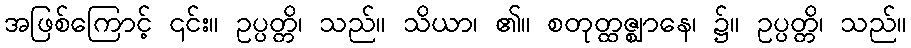
အဖြစ်ကြောင့် ၎င်း။ ဥပ္ပတ္တိ၊ သည်။ သိယာ၊ ၏။ စတုတ္ထဇ္ဈာနေ၊ ၌။ ဥပ္ပတ္တိ၊ သည်။